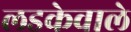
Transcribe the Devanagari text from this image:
लडकेवाले